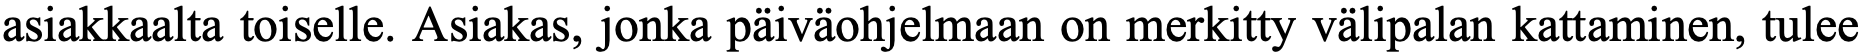
asiakkaalta toiselle. Asiakas, jonka päiväohjelmaan on merkitty välipalan kattaminen, tulee